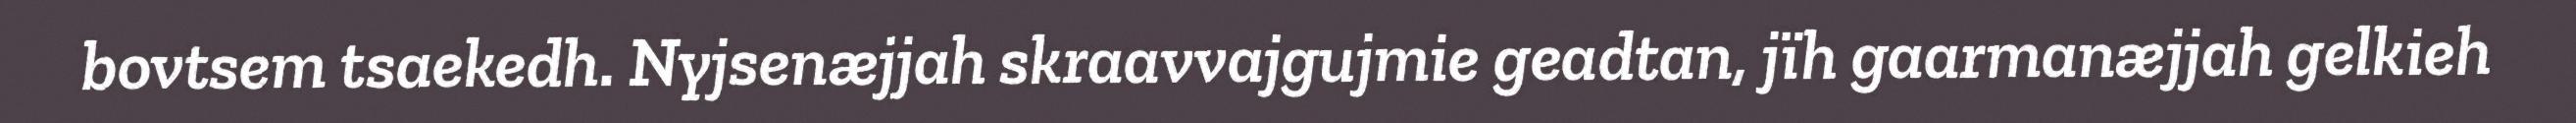
bovtsem tsaekedh. Nyjsenæjjah skraavvajgujmie geadtan, jïh gaarmanæjjah gelkieh